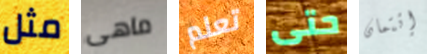
مثل ماهى تعلم حتى إئتمان